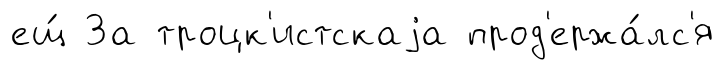
ещ́ За троцк'истскаjа прод'ержа́лс'я